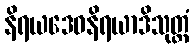
နိရယဒေဝနိရယာဒိသုတ္တံ